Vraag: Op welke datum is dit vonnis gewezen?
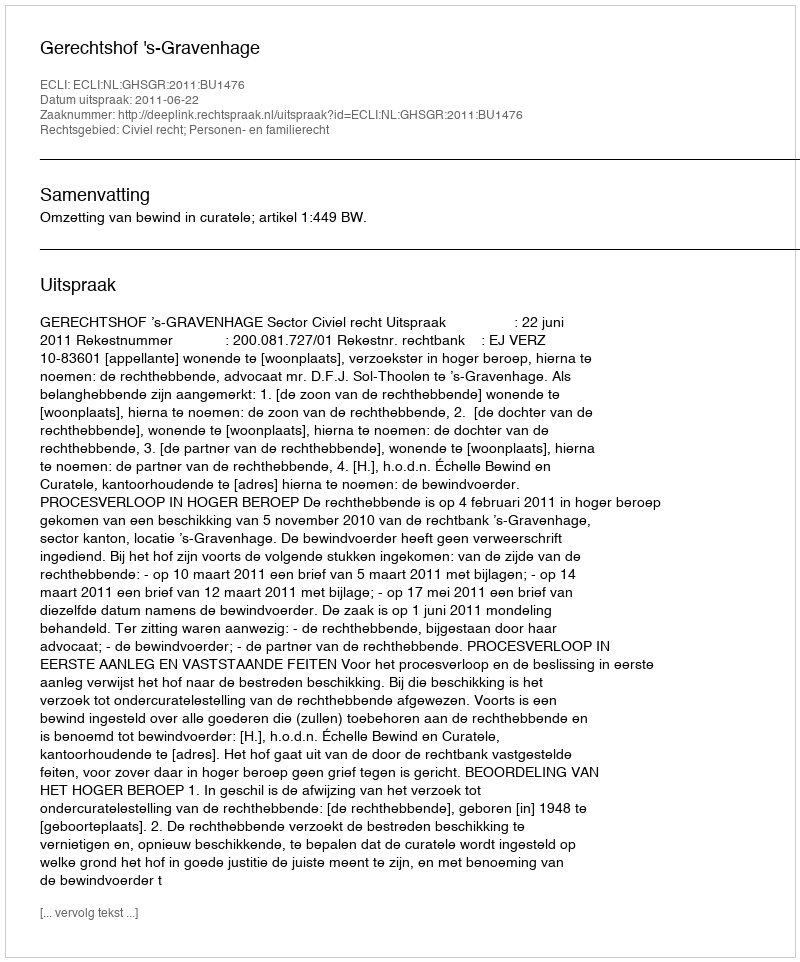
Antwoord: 2011-06-22